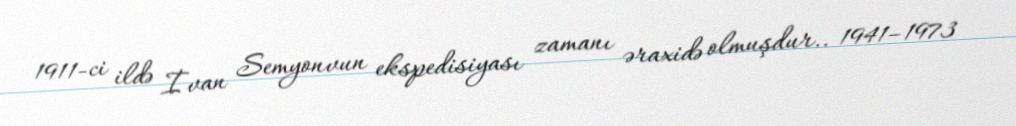
1911-ci ildə İvan Semyonvun ekspedisiyası zamanı əraxidə olmuşdur.. 1941–1973